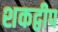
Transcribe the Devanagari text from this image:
शकद्वीप